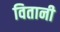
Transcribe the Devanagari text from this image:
वितानी